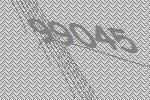
99045